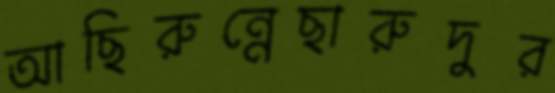
আছিরুন্নেছারুদুর